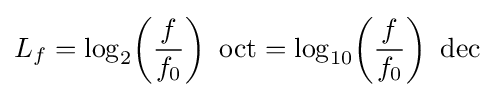
L_{f}=\log _{2}\!\left({\frac {f}{f_{0}}}\right)~{\text{oct}}=\log _{10}\!\left({\frac {f}{f_{0}}}\right)~{\text{dec}}